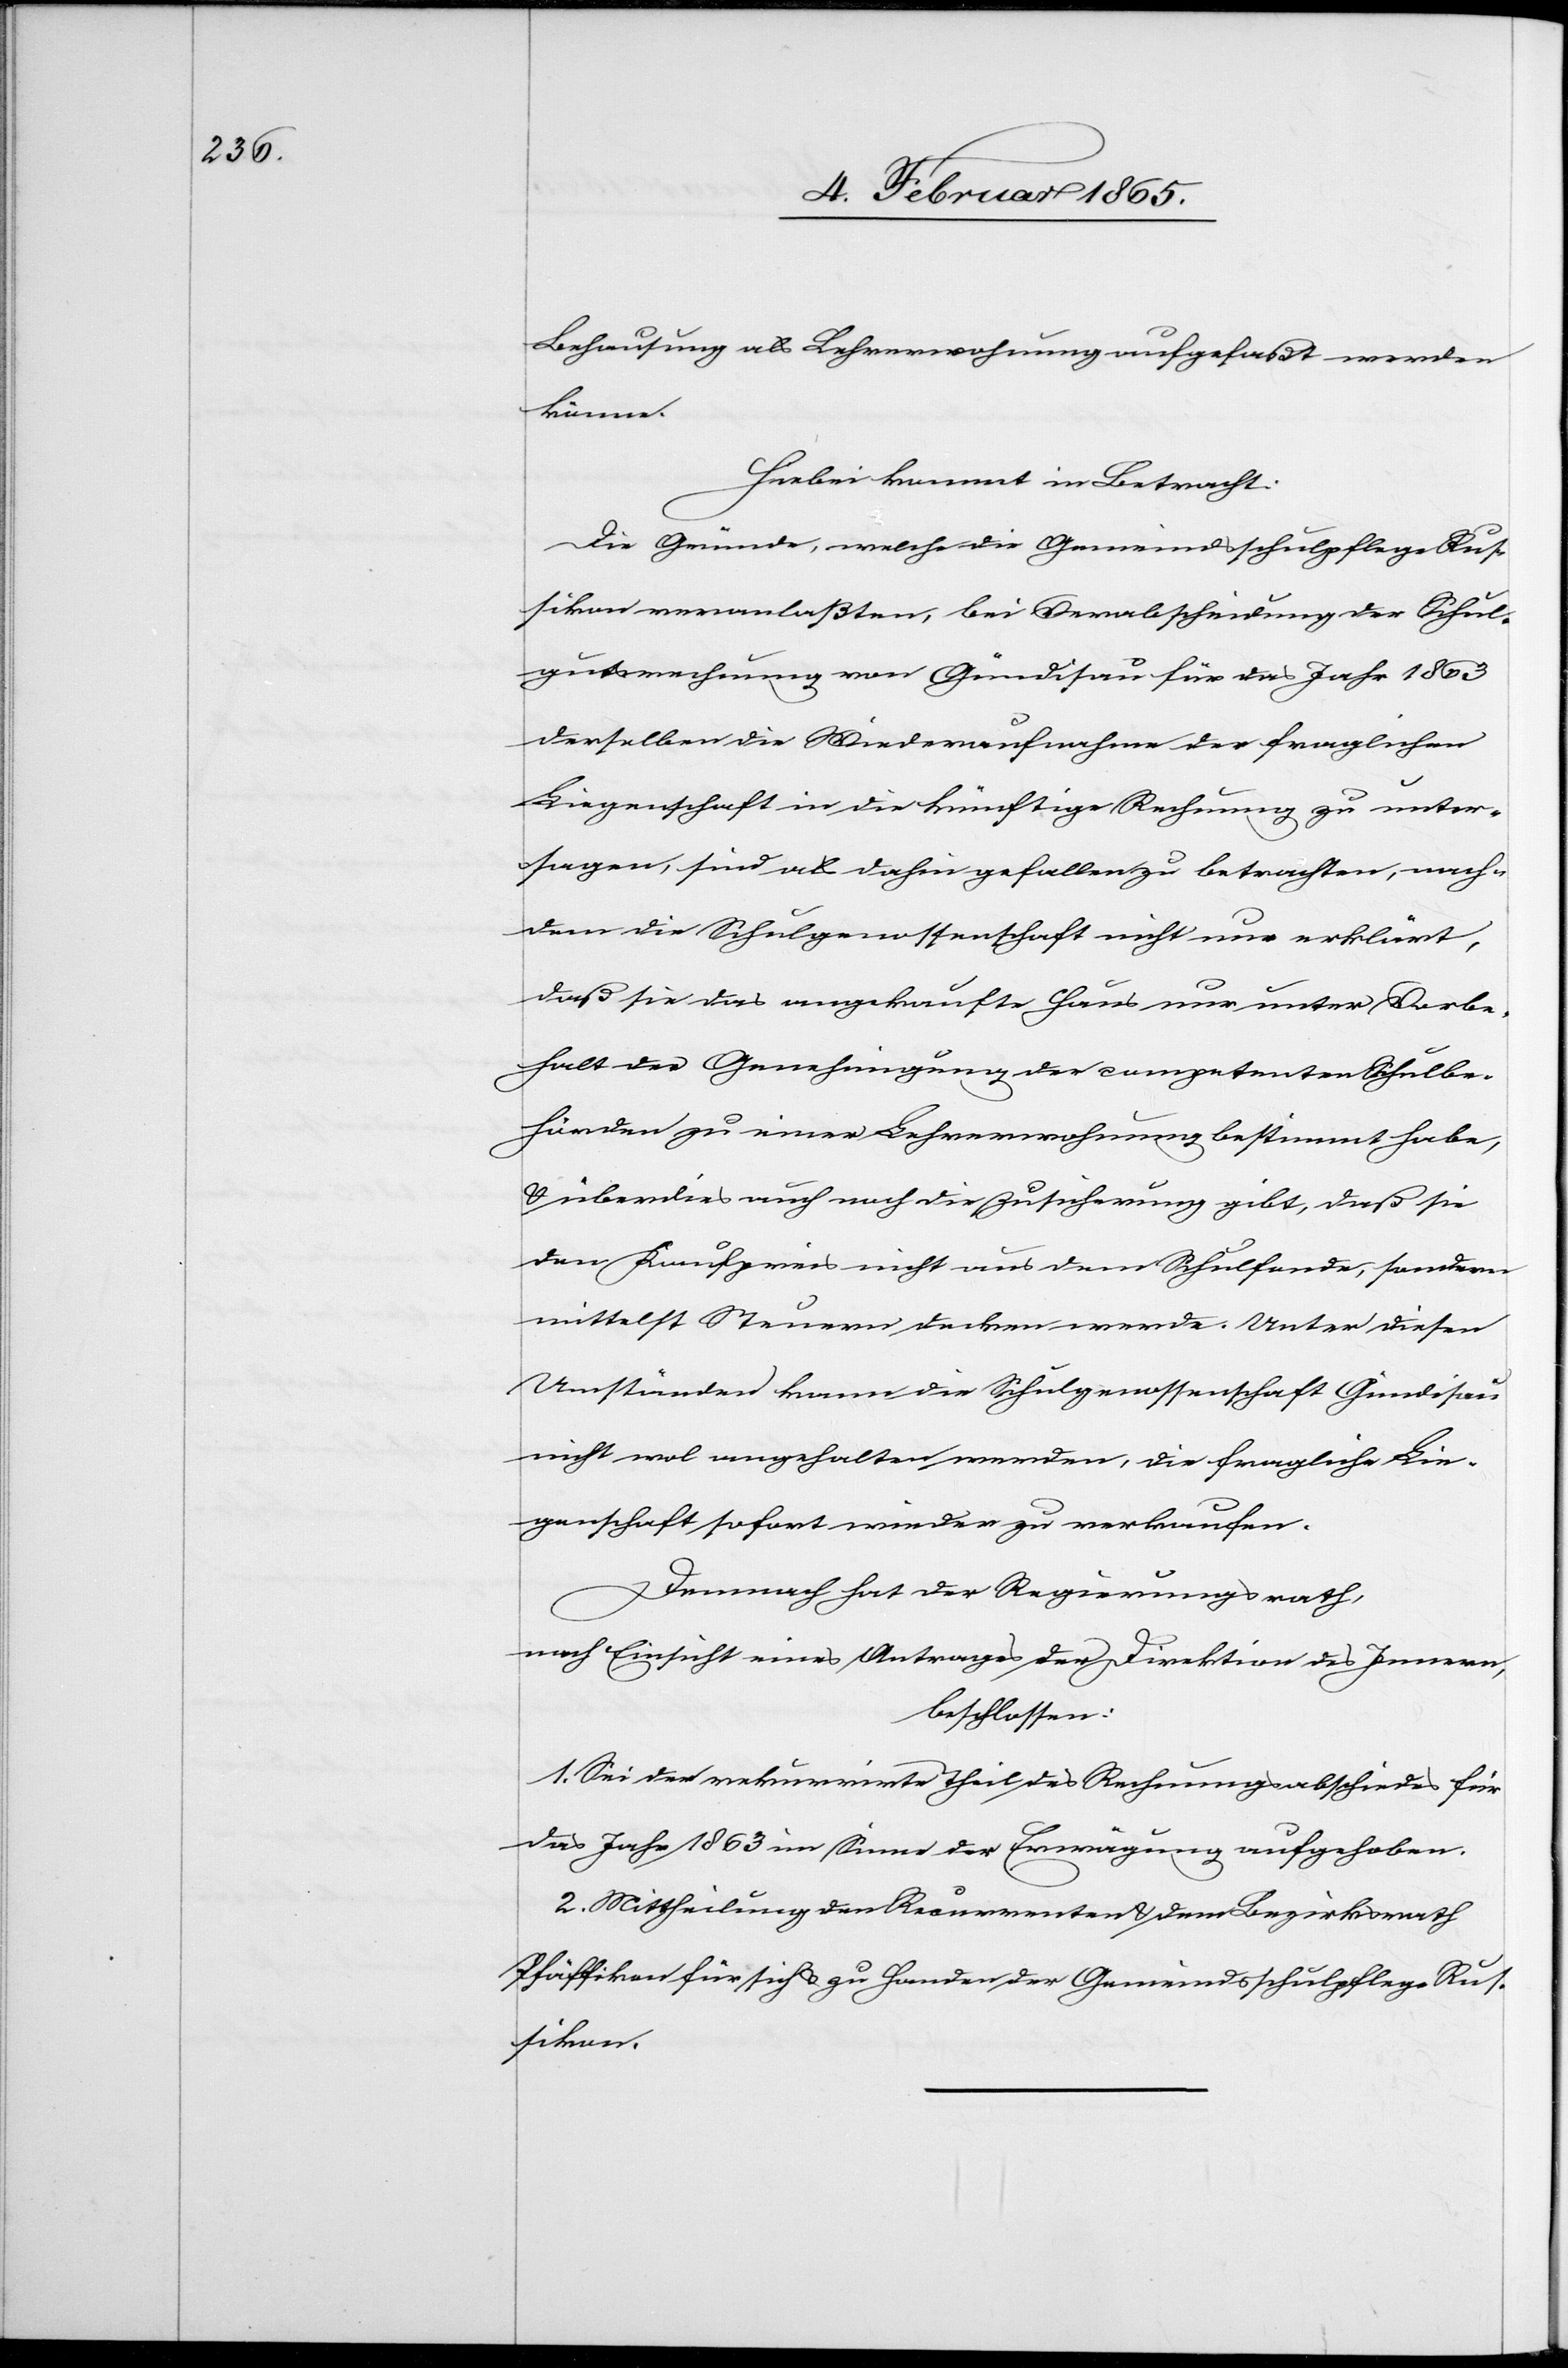
Behausung als Lehrerwohnung aufgefaßt werden
könne.
Hiebei kommt in Betracht:
Die Gründe, welche die Gemeindsschulpflege Rus¬
sikon veranlaßten, bei Verabscheidung der Schul¬
gutsrechnung von Gündisau für das Jahr 1863
derselben die Wiederaufnahme der fraglichen
Liegenschaft in die künftige Rechnung zu unter¬
sagen, sind als dahin gefallen zu betrachten, nach¬
dem die Schulgenossenschaft nicht nur erklärt,
daß sie das angekaufte Haus nur unter Vorbe¬
halt der Genehmigung der competenten Schulbe¬
hörden zu einer Lehrerwohnung bestimmt habe,
u. überdies auch noch die Zusicherung gibt, daß sie
den Kaufpreis nicht aus dem Schulfonde, sondern
mittelst Steuern decken werde. Unter diesen
Umständen kann die Schulgenossenschaft Gündisau
nicht wol angehalten werden, die fragliche Lie¬
genschaft sofort wieder zu verkaufen.
Demnach hat der Regierungsrath,
nach Einsicht eines Antrages der Direktion des Innern,
beschlossen:
1. Sei der rekurrirte Theil des Rechnungsabschiedes für
das Jahr 1863 im Sinne der Erwägung aufgehoben.
2. Mittheilung den Recurrenten u. dem Bezirksrath
Pfäffikon für sich u. zu Handen der Gemeindsschulpflege Rus¬
sikon.